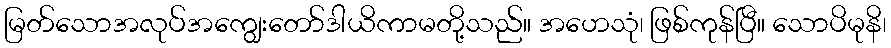
မြတ်သောအလုပ်အကျွေးတော်ဒါယိကာမတို့သည်။ အဟေသုံ၊ ဖြစ်ကုန်ပြီ။ သောပိမုနိ၊